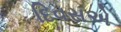
દિવસએ